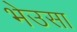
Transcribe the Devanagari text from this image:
भेउसा